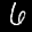
Label: 6